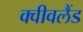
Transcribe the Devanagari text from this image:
क्वीवलैंड